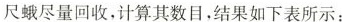
尺蛾尽量回收，计算其数目，结果如下表所示：